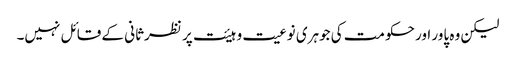
لیکن وہ پاور اور حکومت کی جوہری نوعیت و ہیئت پر نظرثانی کے قائل نہیں۔